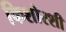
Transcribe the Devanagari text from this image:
किशोरशी